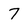
Character: 7